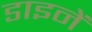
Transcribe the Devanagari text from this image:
डाइनें